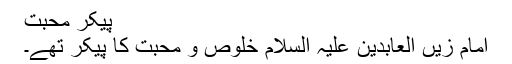
پیکرِ محبت
امام زیں العابدین علیہ السلام خلوص و محبت کا پیکر تھے۔